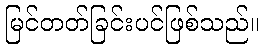
မြင်တတ်ခြင်းပင်ဖြစ်သည်။